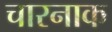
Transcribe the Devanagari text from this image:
चारनाक